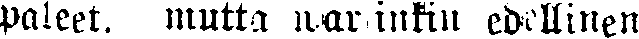
paleet. mutta warsinkin edellinen